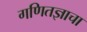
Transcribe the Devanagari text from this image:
गणितज्ञाचा